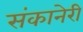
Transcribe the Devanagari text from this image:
संकानेरी